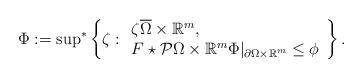
LaTeX: \begin{align*}\Phi:= {\sup}^*\left\{\zeta: \begin{array}{l} \zeta \overline{\Omega}\times \mathbb R^m, \\F\star \mathcal P\Omega\times \mathbb R^m \Phi|_{\partial \Omega\times \mathbb R^m} \le \phi\end{array}\right\}.\end{align*}